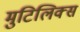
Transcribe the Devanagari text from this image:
मुटिलिक्स